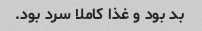
بد بود و غذا کاملا سرد بود.